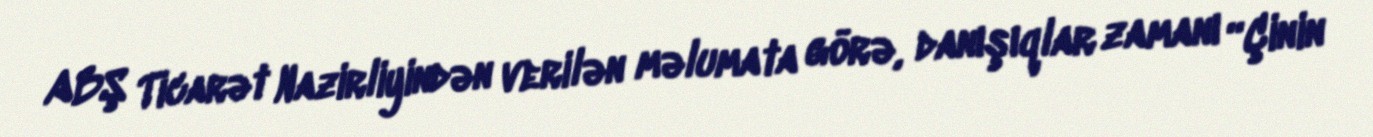
ABŞ Ticarət Nazirliyindən verilən məlumata görə, danışıqlar zamanı “Çinin